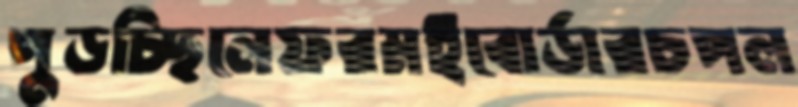
পুড়চ্ছিলেফরমইবোর্ডারচপল